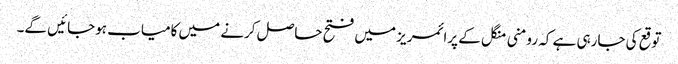
توقع کی جارہی ہے کہ رومنی منگل کے پرائمریز میں فتح حاصل کرنے میں کامیاب ہوجائیں گے۔